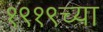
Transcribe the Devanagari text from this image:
१९१९च्या